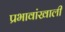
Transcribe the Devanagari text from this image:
प्रभावांखाली